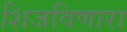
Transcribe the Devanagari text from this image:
शिजविणारा